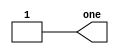
module top_module( output one );

// Insert your code here
    assign one = 1'b1;

endmodule